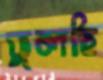
ভুলছি